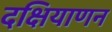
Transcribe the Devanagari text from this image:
दक्षियाणन